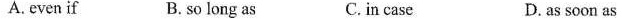
A. even if B.so long as C.in case D.as soon as